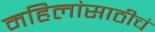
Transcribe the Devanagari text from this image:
महिलांसाठीचं